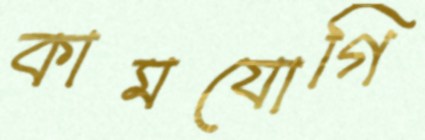
কামযোগি